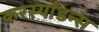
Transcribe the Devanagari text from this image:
करस्‍पाँडन्स